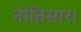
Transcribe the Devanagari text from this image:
नीतिसार।